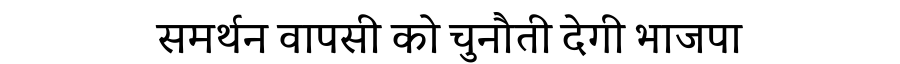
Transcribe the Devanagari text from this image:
समर्थन वापसी को चुनौती देगी भाजपा